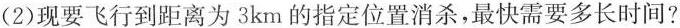
(2)现要飞行到距离为3km的指定位置消杀，最快需要多长时间?